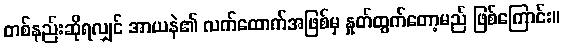
တစ်နည်းဆိုရလျှင် အာယနဲ၏ လက်ထောက်အဖြစ်မှ နှုတ်ထွက်တော့မည် ဖြစ်ကြောင်း။